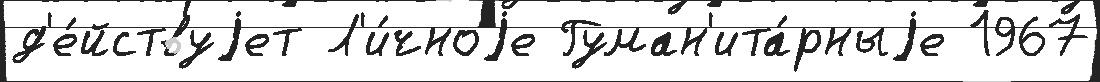
д'е́йствуjет Л'и́чноjе Гуман'ита́рныjе 1967